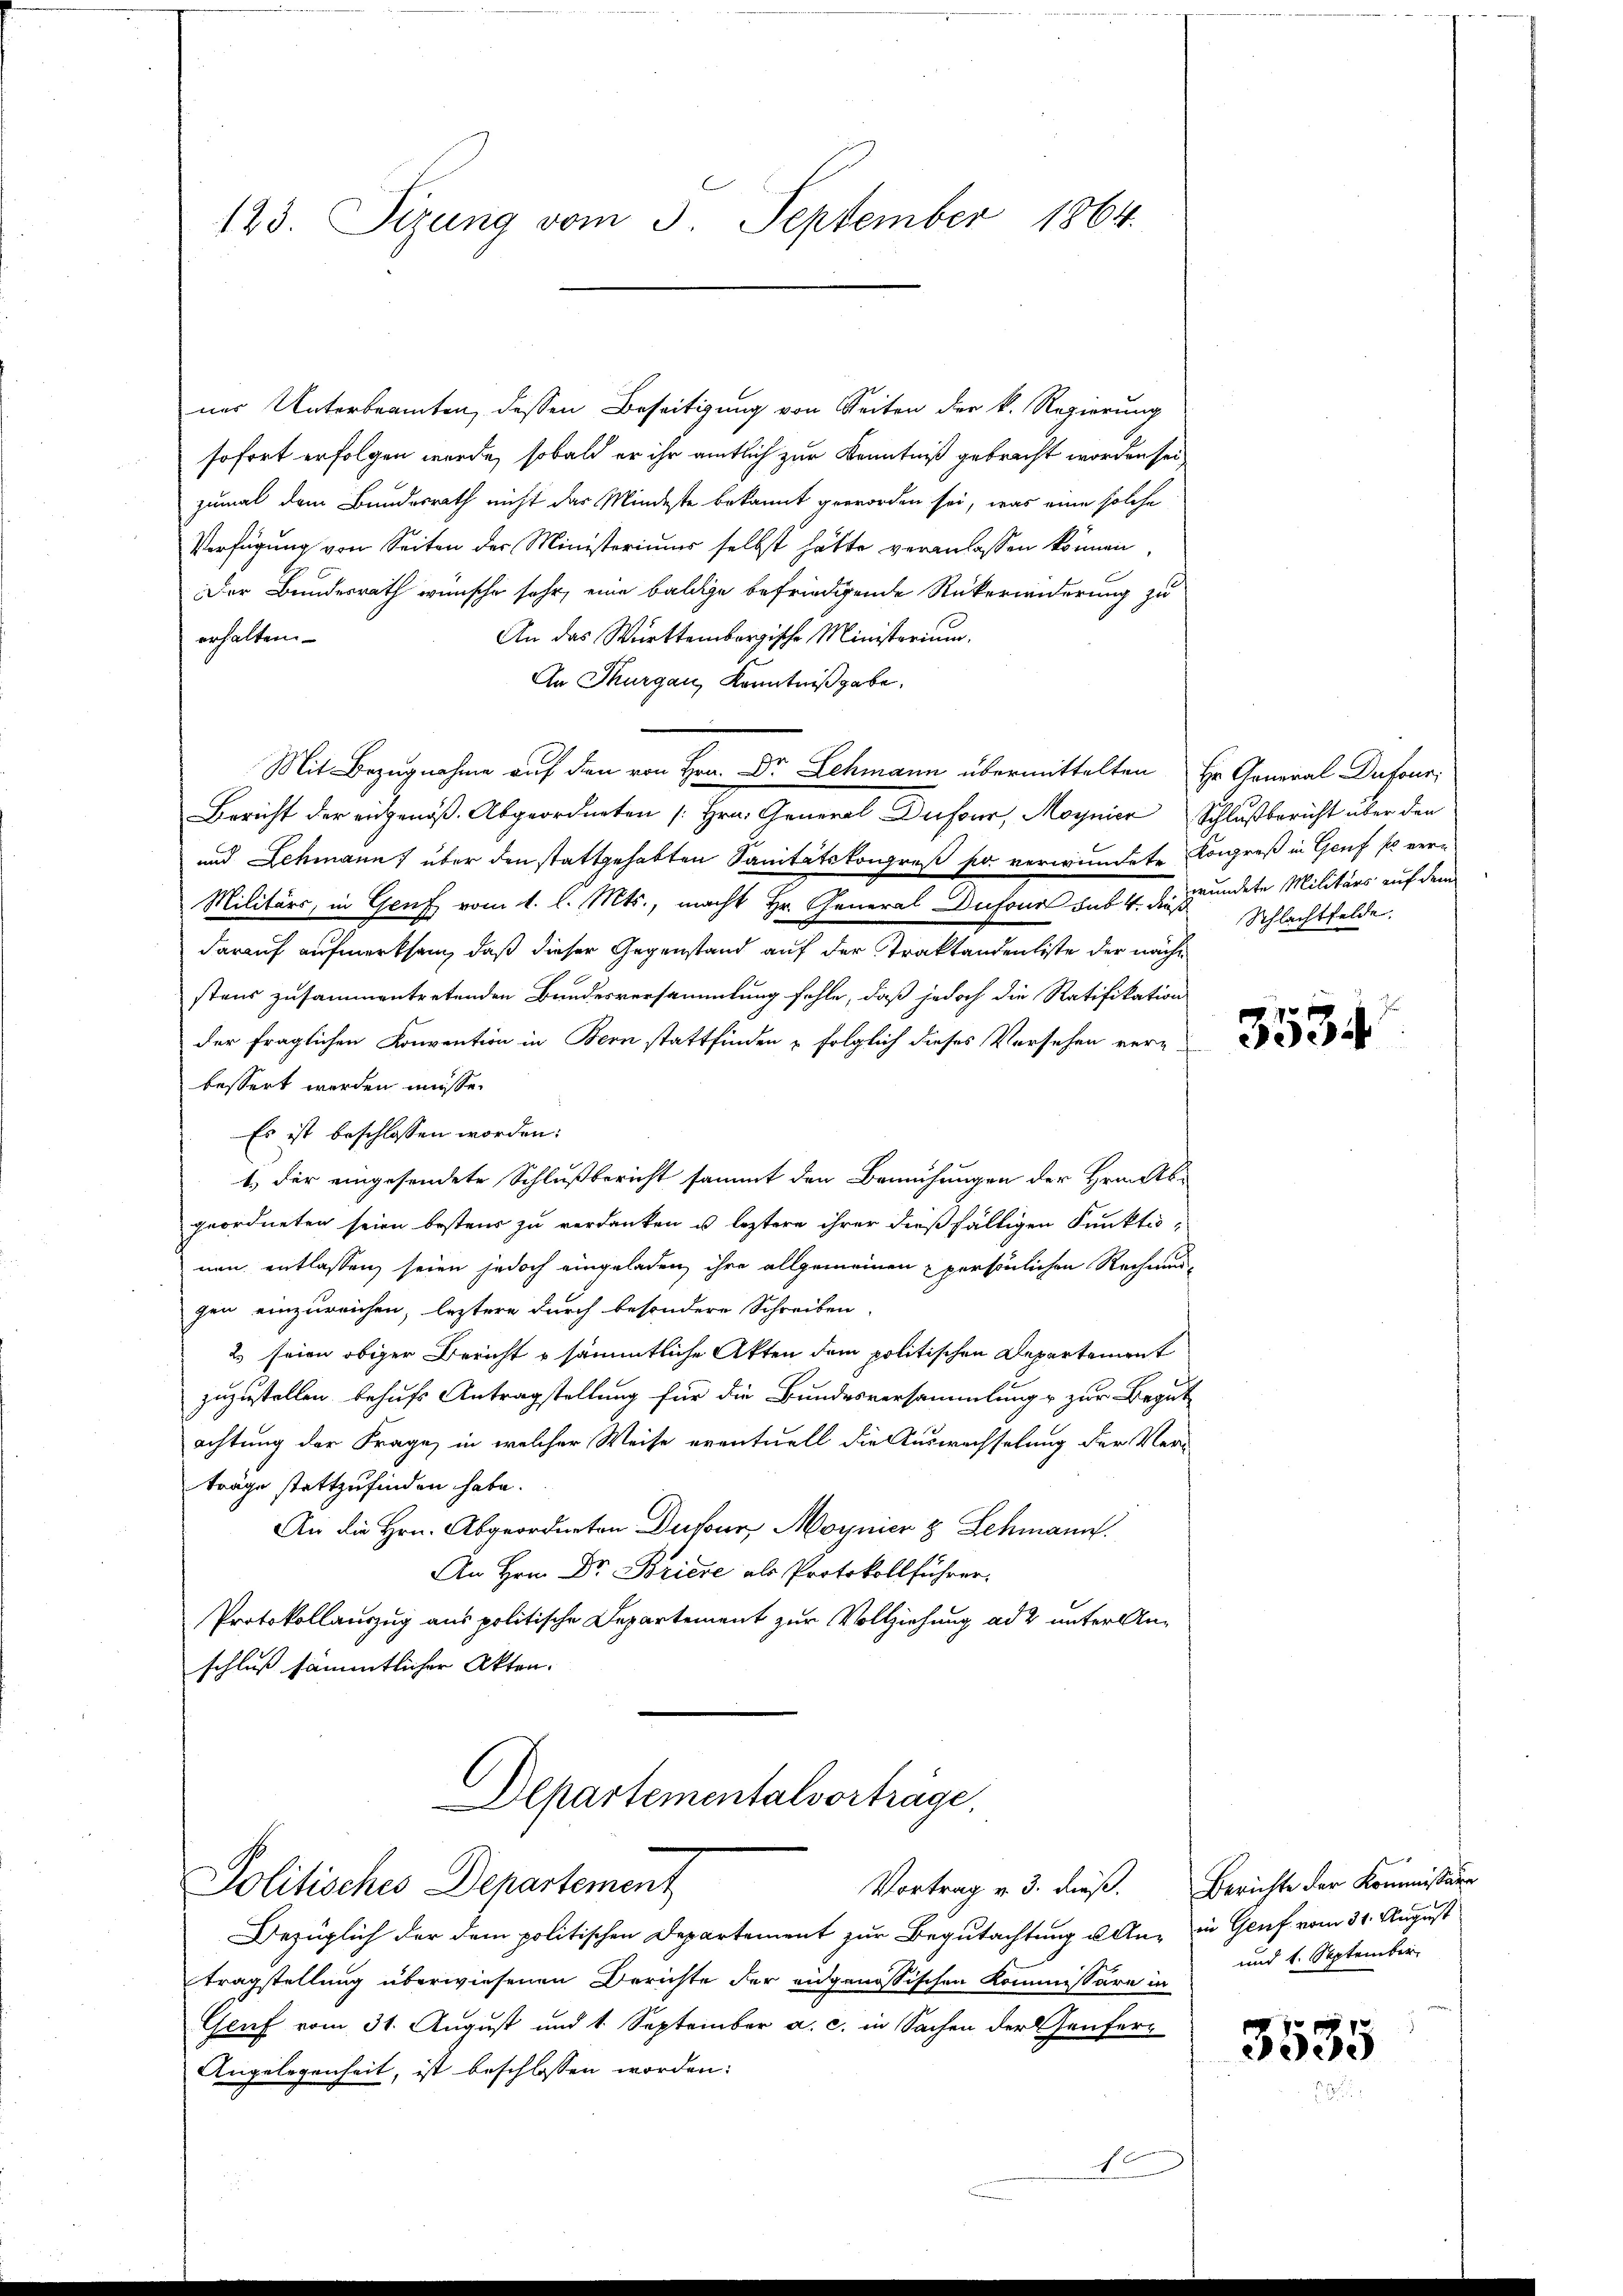
123. Sizung vom 3. September 1864.

ner Unterbeamten, dessen Beseitigung von Seiten der k. Regierung
sofort erfolgen werde, sobald er ihr amtlich zur Kenntniß gebracht worden sei,
zumal dem Bundesrath nicht das Mindeste bekannt geworden sei, was eine solche
Verfügung von Seiten der Ministeriums selbst hätte veranlassen können,
Der Bundesrath wünsche sehr, eine baldige befriedigende Rükerinderung zu
An das Württembergische Ministerium.
erhalten.
An Thurgau, Kenntnißgabe.
Mit Bezugnahme auf den von Hrn. Dr Lehmann übermittelten Hr. General-Dufour,
Bericht der eingenöß. Abgeordneten / Hrn. General Dufour, Magnier Schlußbericht über den
und Schmann über den stattgehabten Sanitätskongreß so verwundete Kongreß in Genf so ver¬
Militärs, in Genf vom 1. l. Mts., macht Hr. General Dufour das 4. die Gründete Militärs auf dem
darauf aufmerksam, daß dieser Gegenstand auf der Traktandenliste der nächstens zusammentretenden Bundesversammlung fehle, daß jedoch die Ratifikation
der fraglichen Konvention in Bern stattfinden u folglich dieses Versehen verg
bessert werden müsse.
Es ist beschlossen worden:
1.) Der eingesendete Schlußbericht sammt den Bemühungen der Hrn. Ab-
geordneten seien bestens zu verdanken u. leztere ihrer dießfälligen Punktio-
nen entlassen, seien jedoch eingeladen, ihre allgemeinen persönlichen Rechnun-
gen einzureichen, leztere durch besondere Schreiben,
2) seien obiger Bericht & sämmtliche Akten dem politischen Departement
zuzustellen behufs Antragstellung für die Bundesversammlung zur Begut
achtung der Frage, in welcher Weise eventuell die Auswechselung der Verträge stattzufinden habe.
An die Hrn. Abgeordneten Dufour, Moynier & Schmann.
An Hrn. Dr. Briere als Protokollführer.
Protokollauszug aus politische Departement zur Vollziehung ad 2 unter Anschluß sämmtlicher Akten.
Departementalvorträge,
Politisches Departement
Vortrag v. 3. dieß.
Bezüglich der dem politischen Departement zur Begutachtung u. An in Genf vom 31. August
tragstellung überwiesenen Berichte der eidgenössischen Kommissäre in
Gruf vom 31. August und 1. September a. c. in Sachen der Genfer¬
Angelegenheit, ist beschlossen worden:

f

Schlachtfelde.

3534

Berichte der Kommissär
und 1. September.

3535